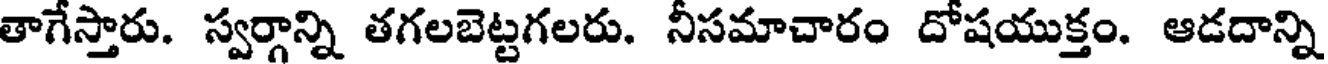
తాగేస్తారు. స్వర్గాన్ని తగలబెట్టగలరు. నీసమాచారం దోషయుక్తం. ఆడదాన్ని